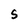
Character: 5